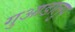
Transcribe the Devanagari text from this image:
गुआडालुप